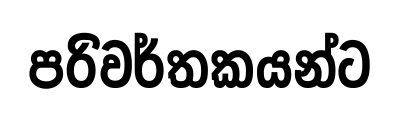
පරිවර්තකයන්ට